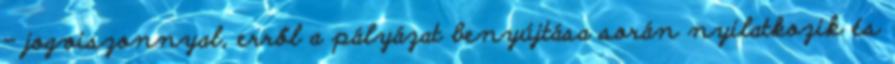
– jogviszonnyal, erről a pályázat benyújtása során nyilatkozik és